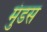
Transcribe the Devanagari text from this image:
मुंडस